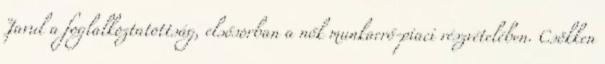
Javul a foglalkoztatottság, elsősorban a nők munkaerő-piaci részvételében. Csökken